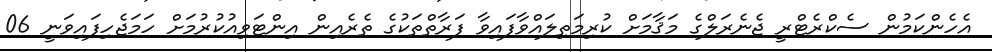
އެހެންކަމުން ސެކްރެޓްރީ ޖެނެރަލްގެ މަޤާމަށް ކުރިމަތިލައްވާފައިވާ ފަރާތްތަކުގެ ތެރެއިން އިންޓަވިއުކުރުމަށް ހަމަޖެހިފައިވަނީ 06